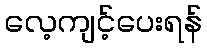
လေ့ကျင့်ပေးရန်